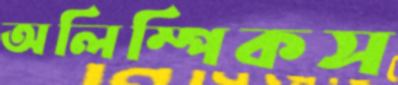
অলিম্পিকস